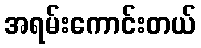
အရမ်းကောင်းတယ်